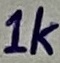
Text: 1k